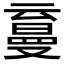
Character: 𰁛